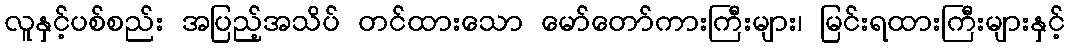
လူနှင့်ပစ်စည်း အပြည့်အသိပ် တင်ထားသော မော်တော်ကားကြီးများ၊ မြင်းရထားကြီးများနှင့်